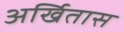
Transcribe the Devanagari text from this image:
अर्खितास